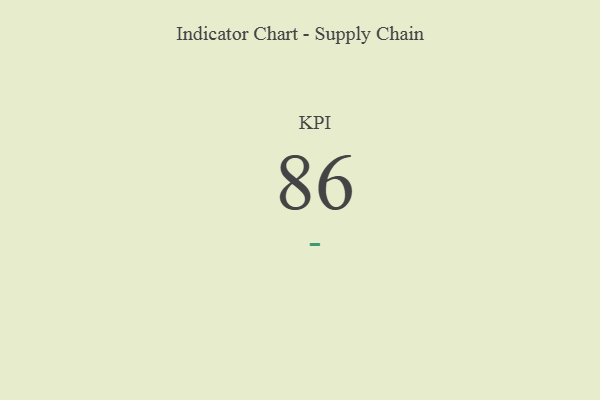
{"axis": {"x": "KPI", "y": "Value"}, "legend": [""], "data": [{"x": "KPI", "y": 86, "type": ""}]}